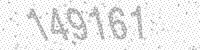
Solution: 149161